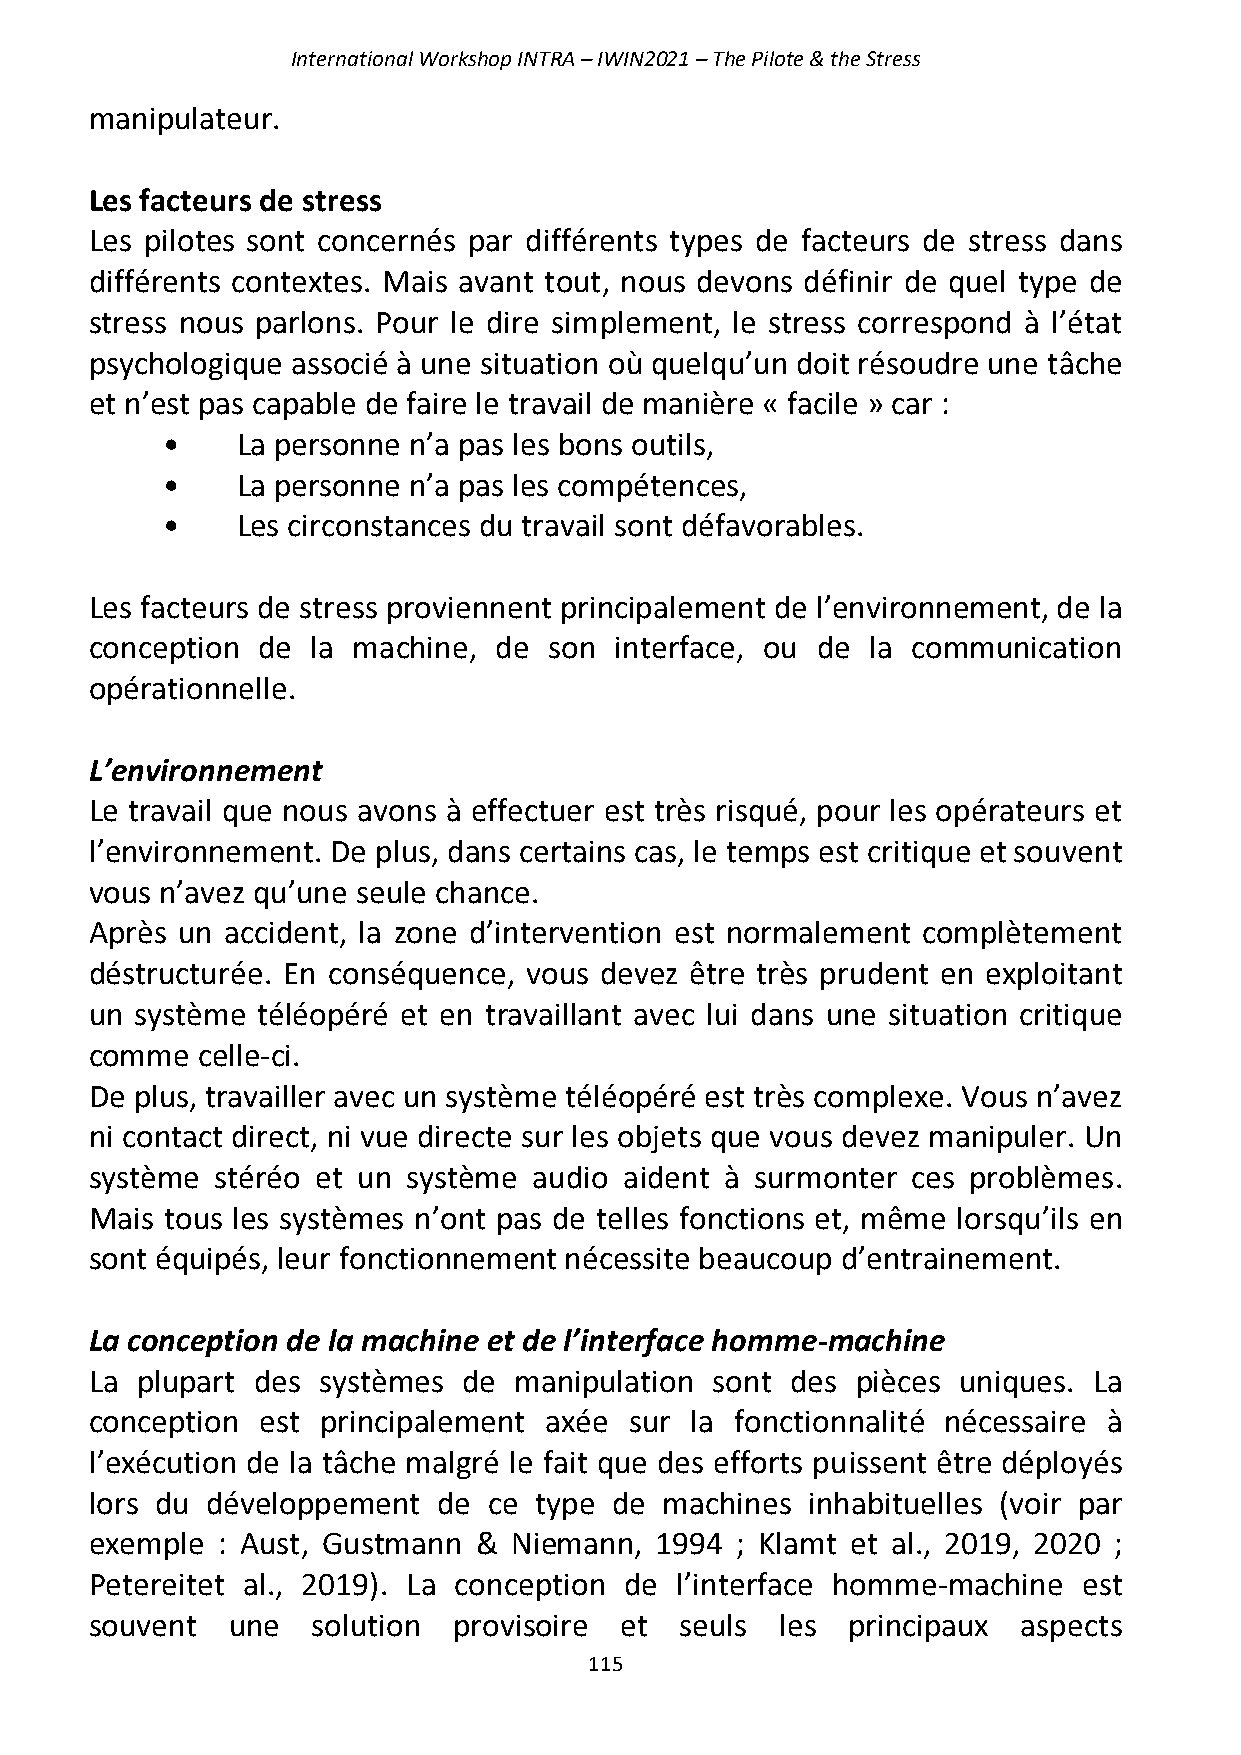
International Workshop INTRA – IWIN2021 – The Pilote & the Stress
 manipulateur.
 Les facteurs de stress
 Les pilotes sont concernés par différents types de facteurs de stress dans
 différents contextes. Mais avant tout, nous devons définir de quel type de
 stress nous parlons. Pour le dire simplement, le stress correspond à l’état
 psychologique associé à une situation où quelqu’un doit résoudre une tâche
 et n’est pas capable de faire le travail de manière « facile » car :
 •    La personne n’a pas les bons outils,
 •    La personne n’a pas les compétences,
 •    Les circonstances du travail sont défavorables.
 Les facteurs de stress proviennent principalement de l’environnement, de la
 conception de  la machine, de son  interface, ou de la communication
 opérationnelle.
 L’environnement
 Le travail que nous avons à effectuer est très risqué, pour les opérateurs et
 l’environnement. De plus, dans certains cas, le temps est critique et souvent
 vous n’avez qu’une seule chance.
 Après un accident, la zone d’intervention est normalement complètement
 déstructurée. En conséquence, vous devez être très prudent en exploitant
 un système téléopéré et en travaillant avec lui dans une situation critique
 comme  celle-ci.
 De plus, travailler avec un système téléopéré est très complexe. Vous n’avez
 ni contact direct, ni vue directe sur les objets que vous devez manipuler. Un
 système stéréo et un système audio aident à surmonter ces problèmes.
 Mais tous les systèmes n’ont pas de telles fonctions et, même lorsqu’ils en
 sont équipés, leur fonctionnement nécessite beaucoup d’entrainement.
 La conception de la machine et de l’interface homme-machine
 La plupart des systèmes  de manipulation sont des  pièces uniques. La
 conception est principalement axée  sur la fonctionnalité nécessaire à
 l’exécution de la tâche malgré le fait que des efforts puissent être déployés
 lors du développement  de ce type  de machines inhabituelles (voir par
 exemple : Aust, Gustmann &  Niemann, 1994  ; Klamt et al., 2019, 2020 ;
 Petereitet al., 2019). La conception de l’interface homme-machine est
 souvent  une   solution provisoire et  seuls  les principaux  aspects
 115